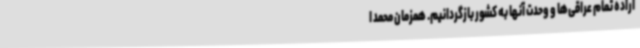
اراده تمام عراقی‌ها و وحدت آنها به کشور بازگردانیم. همزمان محمد ا